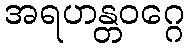
အရဟန္တဝဂ္ဂေ